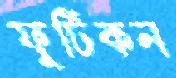
ফুটিকন